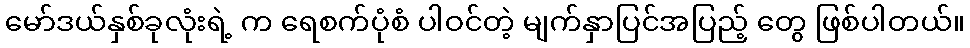
မော်ဒယ်နှစ်ခုလုံးရဲ့ က ရေစက်ပုံစံ ပါဝင်တဲ့ မျက်နှာပြင်အပြည့် တွေ ဖြစ်ပါတယ်။